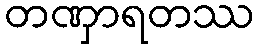
တဏှာရတဿ